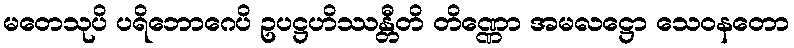
မတေသုပိ ပရိဘောဂေပိ ဥပဋ္ဌဟိဿန္တီတိ တိဏ္ဏော အမလဋ္ဌော သေဝနတော